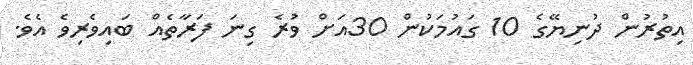
އިތުރުން ދުނިޔޭގެ 10 ގައުމަކުން 30އަށް ވުރެ ގިނަ ފަރާތެއް ބައިވެރިވެ އެވެ.